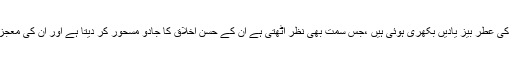
ایسا محسوس ہوتا ہے فضاؤں میں ہر سمت ان کی عطر بیز یادیں بکھری ہوئی ہیں ،جس سمت بھی نظر اٹھتی ہے ان کے حسن اخلاق کا جادو مسحور کر دیتا ہے اور ان کی معجز نما شخصیت کا کرشمہ دامن دل کھینچتا ہے۔